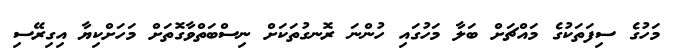
މަހުގެ ސިފަތަކުގެ މައްޗަށް ބަލާ މަހުގައި ހުންނަ ރޮނގުތަކަށް ނިސްބަތްވާގޮތަށް މަހަށްކިޔާ އިގިރޭސި